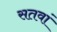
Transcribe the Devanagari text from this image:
सतवां